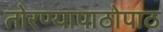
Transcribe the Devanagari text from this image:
तोरण्यापाठोपाठ